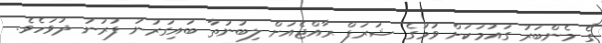
ގެ މެންބަރު ގައުމަކަށް ވުމުގެ ޝަރަފް ރާއްޖެއަށް ލިބުނުތާ ބައިގަރުނު ފުރުނު ދުވަހެވެ.